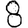
Digit: 8